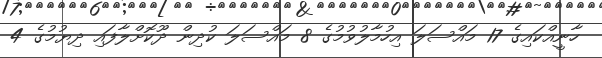
ހާނީއްކައިގެ 17 މައްސަލަ އިހުމާލުވުމުގެ 8 މައްސަލަ ކުދިން ދޫކޮށްލާފައި ދިޔުމުގެ 4